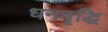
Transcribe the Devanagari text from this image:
धनवृद्धि